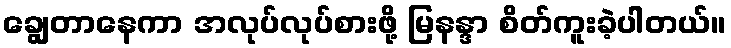
ချွေတာနေကာ အလုပ်လုပ်စားဖို့ မြနန္ဒာ စိတ်ကူးခဲ့ပါတယ်။